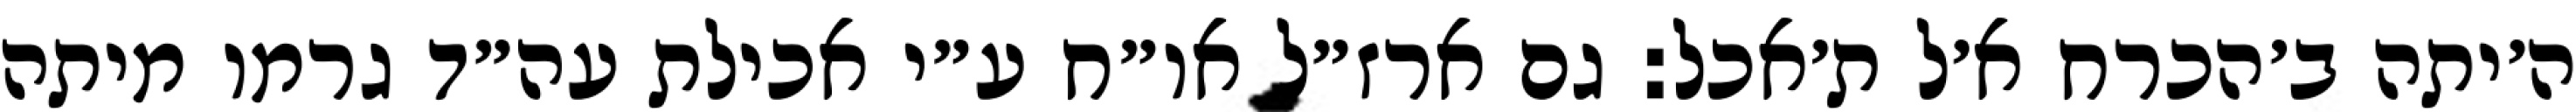
ה׳יתה ב׳הכרח א׳ל ת׳אכל: גם ארז״ל או״ח ע״י אכילת עה״ד גרמו מיתה